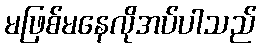
မဖြစ်မနေလိုအပ်ပါသည်